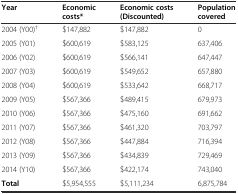
| Year | Economic costs* | Economic costs (Discounted) | Population covered |
 | --- | --- | --- | --- |
 | 2004 (Y00)† | $147,882 | $147,882 | 0 |
 | 2005 (Y01) | $600,619 | $583,125 | 637,406 |
 | 2006 (Y02) | $600,619 | $566,141 | 647,447 |
 | 2007 (Y03) | $600,619 | $549,652 | 657,880 |
 | 2008 (Y04) | $600,619 | $533,642 | 668,717 |
 | 2009 (Y05) | $567,366 | $489,415 | 679,973 |
 | 2010 (Y06) | $567,366 | $475,160 | 691,662 |
 | 2011 (Y07) | $567,366 | $461,320 | 703,797 |
 | 2012 (Y08) | $567,366 | $447,884 | 716,394 |
 | 2013 (Y09) | $567,366 | $434,839 | 729,469 |
 | 2014 (Y10) | $567,366 | $422,174 | 743,040 |
 | Total | $5,954,555 | $5,111,234 | 6,875,784 |